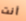
أنت